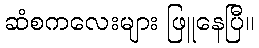
ဆံစကလေးများ ဖြူနေပြီ။